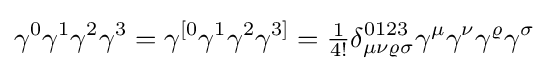
\gamma ^{0}\gamma ^{1}\gamma ^{2}\gamma ^{3}=\gamma ^{[0}\gamma ^{1}\gamma ^{2}\gamma ^{3]}={\tfrac {1}{4!}}\delta _{\mu \nu \varrho \sigma }^{0123}\gamma ^{\mu }\gamma ^{\nu }\gamma ^{\varrho }\gamma ^{\sigma }\